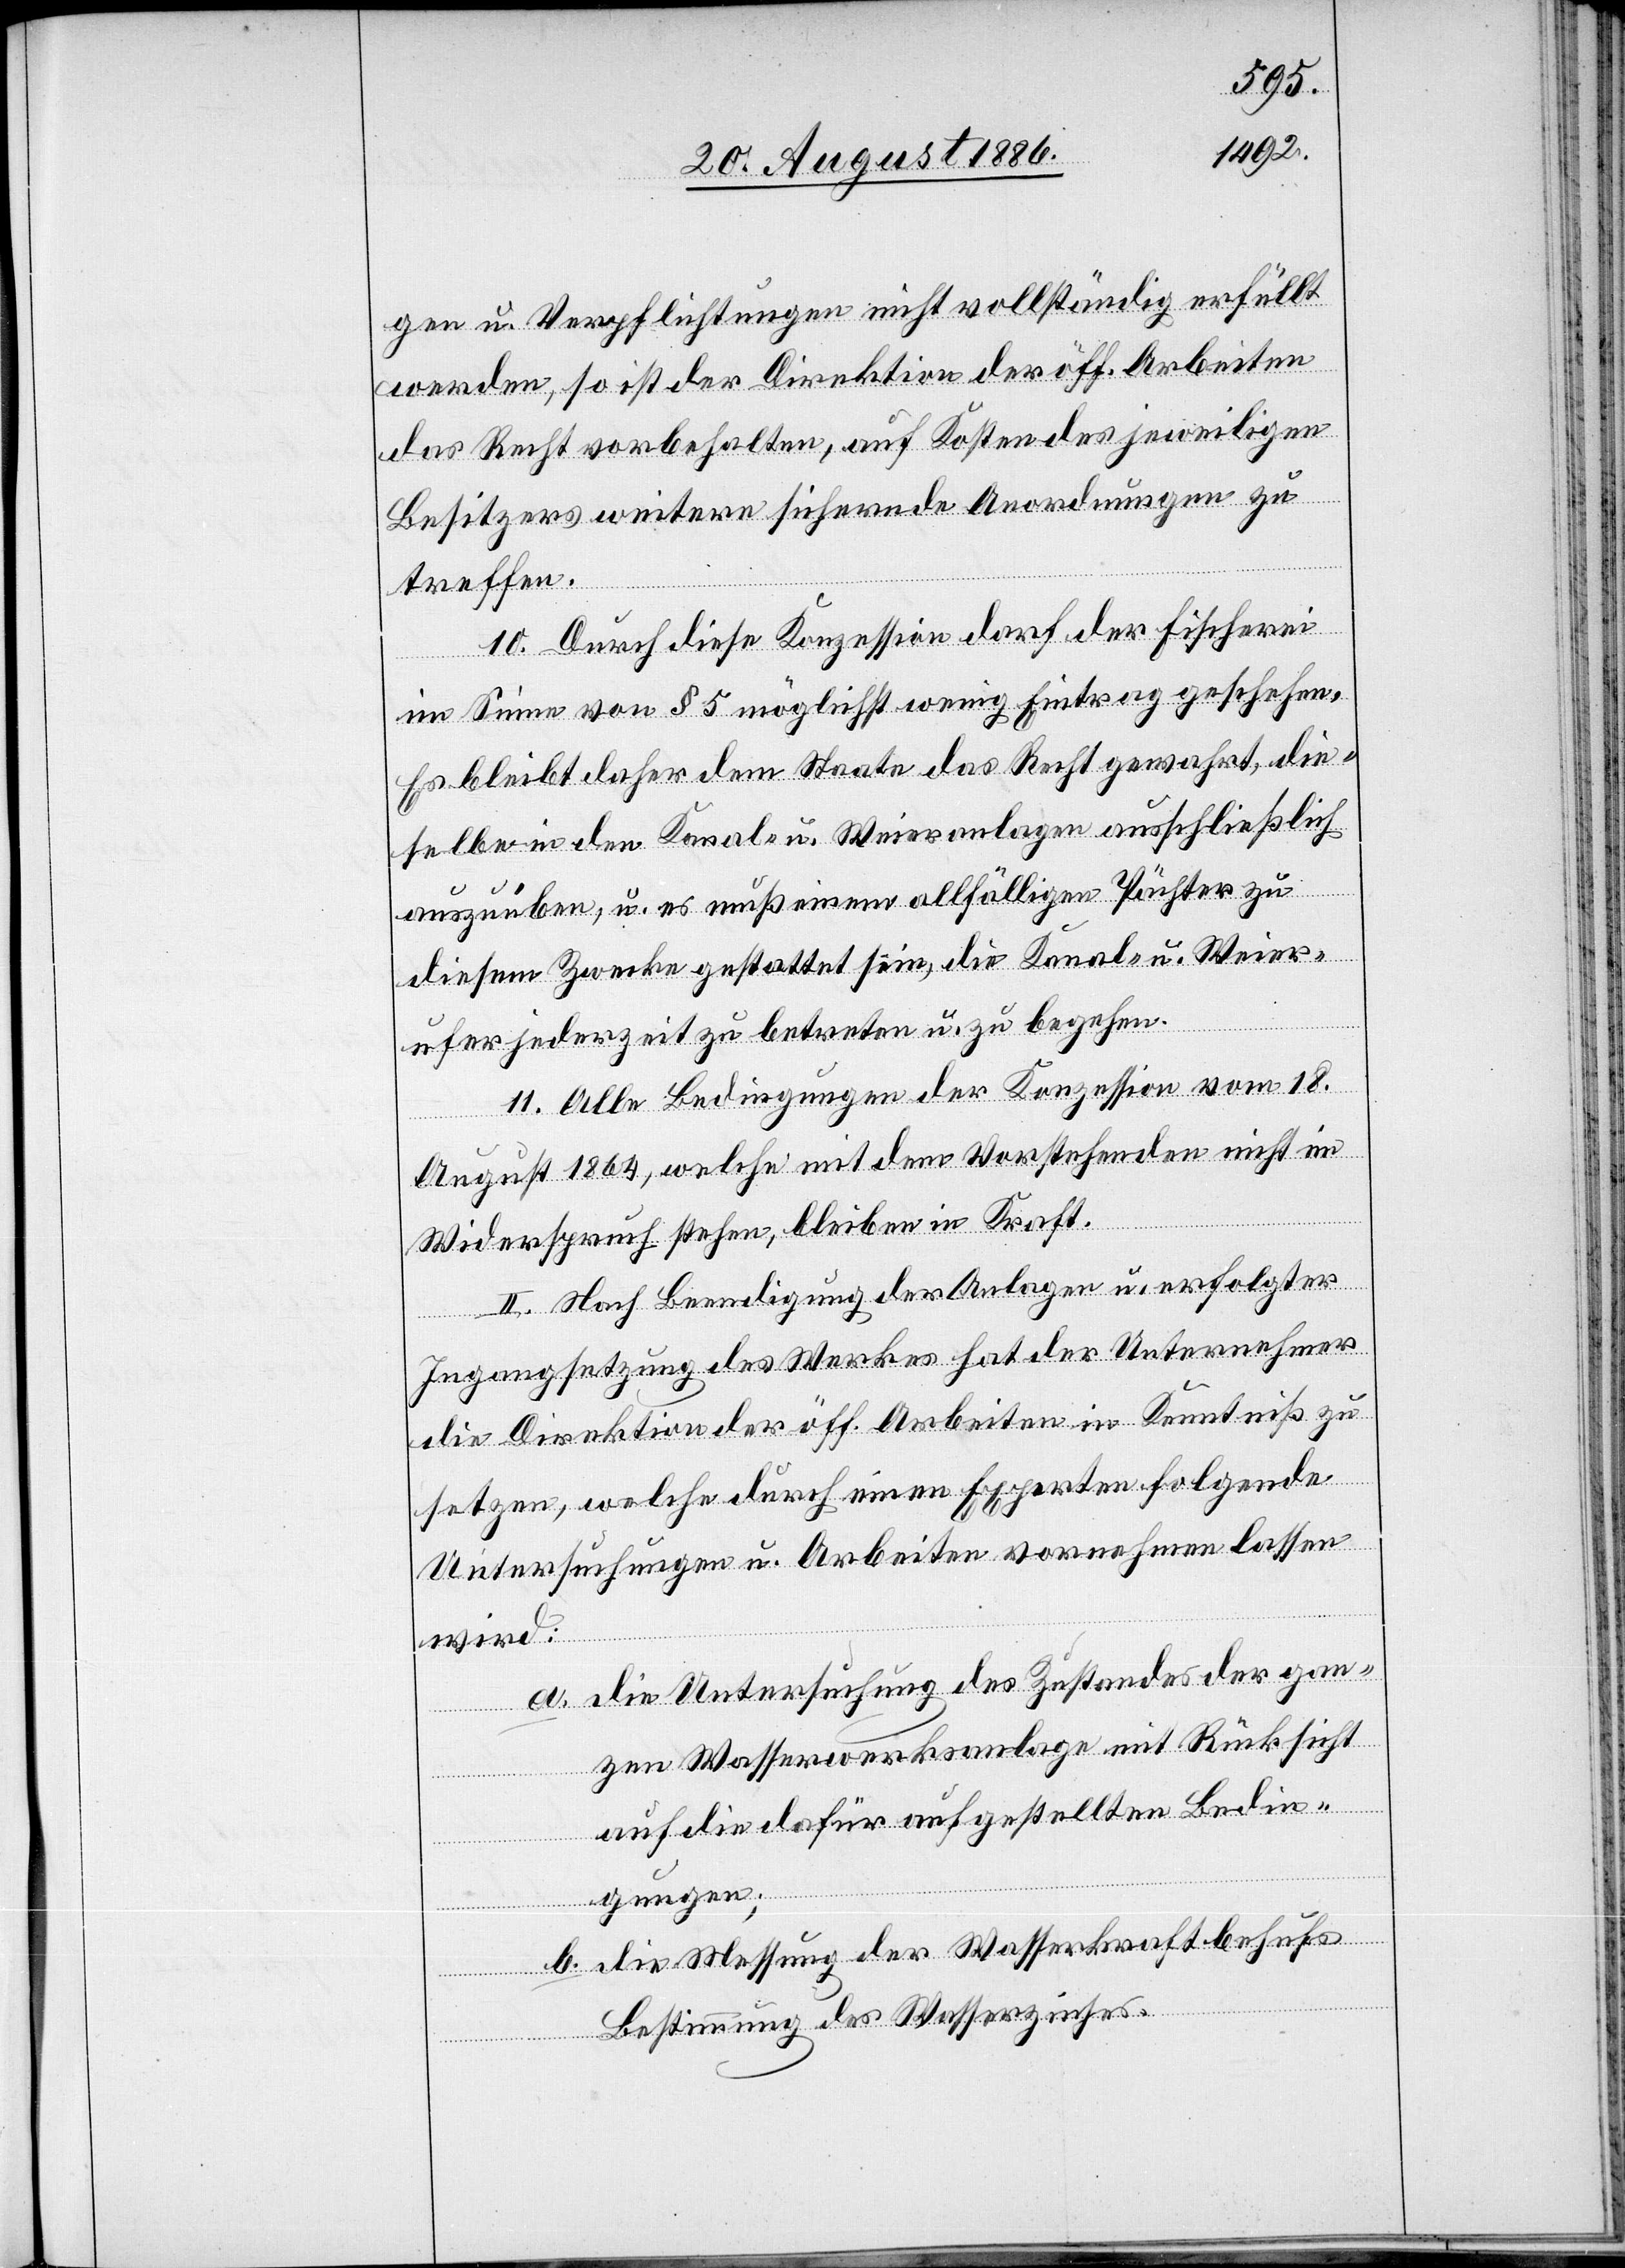
gen u. Verpflichtungen nicht vollständig erfüllt
werden, so ist der Direktion der öff. Arbeiten
das Recht vorbehalten, auf Kosten des jeweiligen
Besitzers weitere sichernde Anordnungen zu
treffen.
10. Alle Bedingungen der Konzession vom 18.
August 1864, welche mit dem Vorstehenden nicht im
Widerspruch stehen, bleiben in Kraft.
II. Nach Beendigung der Anlagen u. erfolgter
Ingangsetzung des Werkes hat der Unternehmer
die Direktion der öff. Arbeiten in Kenntniß zu
setzen, welche durch einen Experten folgende
Untersuchungen u. Arbeiten vornehmen lassen
wird:
a. Die Untersuchung des Zustandes der gan¬
zen Wasserwerksanlage mit Rücksicht
auf die dafür aufgestellten Bedin¬
gungen;
b. Die Messung der Wasserkraft behufs
Bestimmung des Wasserzinses.